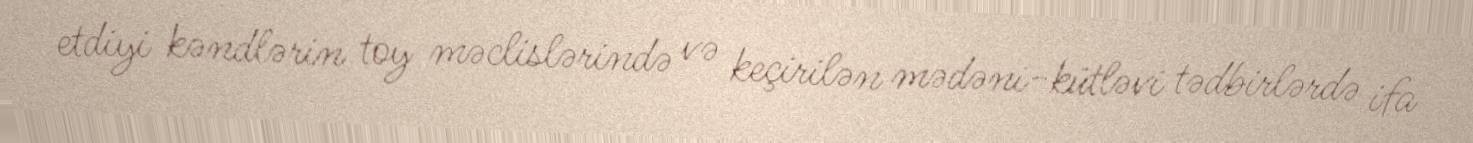
etdiyi kəndlərin toy məclislərində və keçirilən mədəni-kütləvi tədbirlərdə ifa